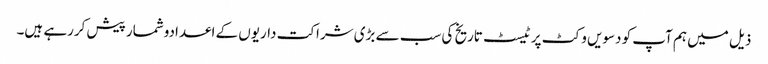
ذیل میں ہم آپ کو دسویں وکٹ پر ٹیسٹ تاریخ کی سب سے بڑی شراکت داریوں کے اعدادوشمار پیش کررہے ہیں۔